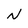
Character: N